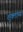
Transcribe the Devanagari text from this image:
शुक्लांच्या